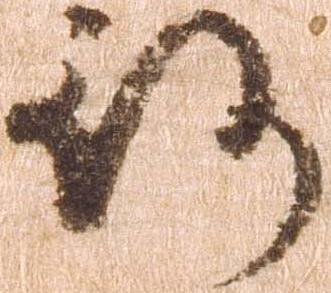
行